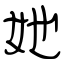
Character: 她